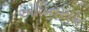
અધિનયમ